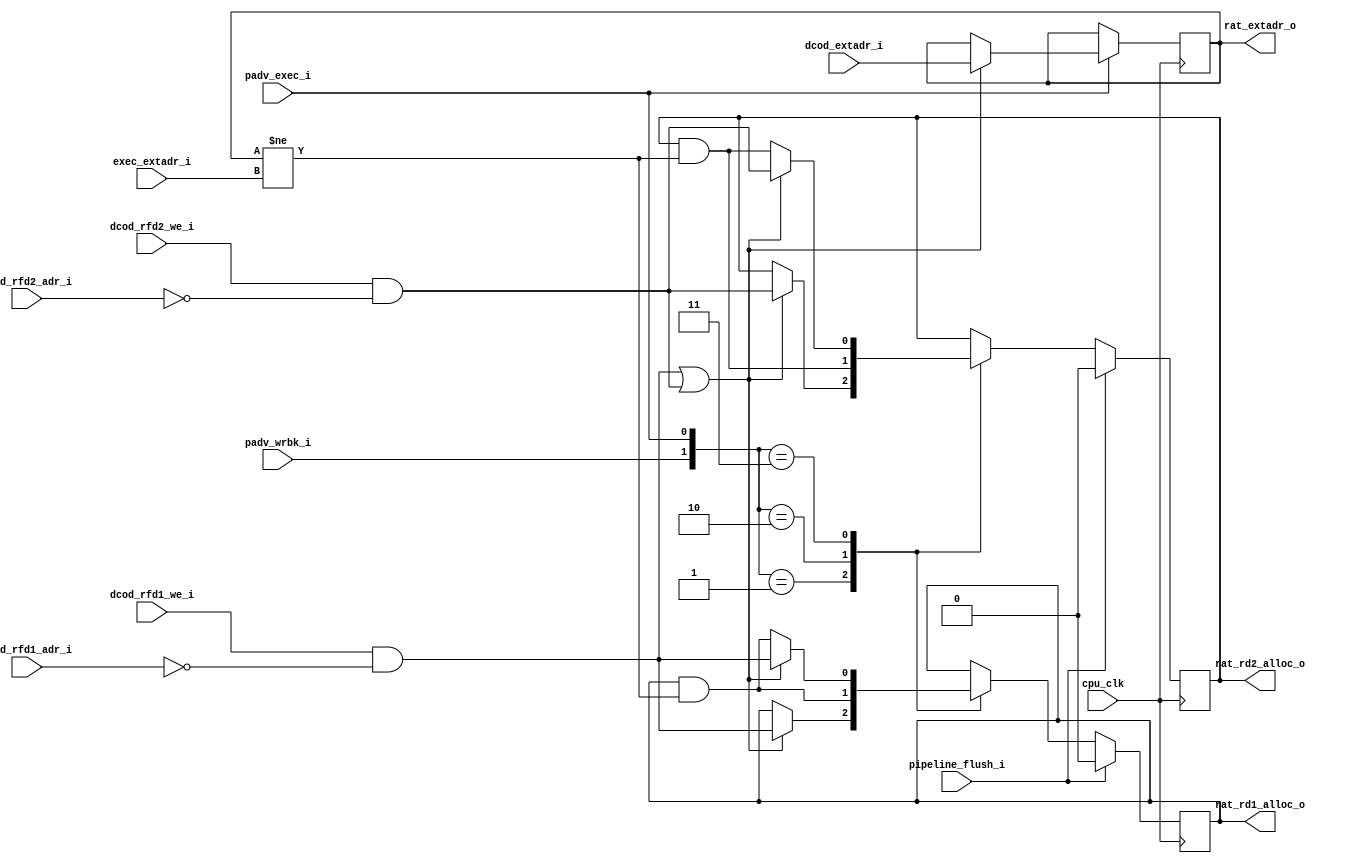
/////////////////////////////////////////////////////////////////////
//                                                                 //
//  or1k_marocchino_rat_cell                                       //
//                                                                 //
//  Description: Single cell of [R]egisters [A]llocation [T]able   //
//                                                                 //
/////////////////////////////////////////////////////////////////////
//                                                                 //
//   Copyright (C) 2015-2019 Andrey Bacherov                       //
//                      avbacherov@opencores.org                   //
//                                                                 //
//      This Source Code Form is subject to the terms of the       //
//      Open Hardware Description License, v. 1.0. If a copy       //
//      of the OHDL was not distributed with this file, You        //
//      can obtain one at http://juliusbaxter.net/ohdl/ohdl.txt    //
//                                                                 //
/////////////////////////////////////////////////////////////////////

module or1k_marocchino_rat_cell
#(
  parameter OPTION_RF_ADDR_WIDTH =  5,
  parameter DEST_EXTADR_WIDTH    =  3,
  parameter GPR_ADDR             =  0
)
(
  // clock & reset
  input                                 cpu_clk,

  // pipeline control
  input                                 padv_exec_i,
  input                                 padv_wrbk_i,
  input                                 pipeline_flush_i,

  // input allocation information
  //  # allocated as D1
  input                                 dcod_rfd1_we_i,
  input      [OPTION_RF_ADDR_WIDTH-1:0] dcod_rfd1_adr_i,
  //  # allocated as D2
  input                                 dcod_rfd2_we_i,
  input      [OPTION_RF_ADDR_WIDTH-1:0] dcod_rfd2_adr_i,
  //  # allocation id
  input         [DEST_EXTADR_WIDTH-1:0] dcod_extadr_i,

  // input to clear allocation bits
  input         [DEST_EXTADR_WIDTH-1:0] exec_extadr_i,

  // output allocation information
  output reg                            rat_rd1_alloc_o,      // allocated by D1
  output reg                            rat_rd2_alloc_o,      // allocated by D2
  output reg    [DEST_EXTADR_WIDTH-1:0] rat_extadr_o          // allocation ID
);

  localparam [OPTION_RF_ADDR_WIDTH-1:0] GPR_ADR = GPR_ADDR;

  // set allocation flags
  wire set_rd1_alloc = dcod_rfd1_we_i & (dcod_rfd1_adr_i == GPR_ADR);
  wire set_rd2_alloc = dcod_rfd2_we_i & (dcod_rfd2_adr_i == GPR_ADR);
  wire set_rdx_alloc = (set_rd1_alloc | set_rd2_alloc);

  // condition to keep allocation flags at write-back
  wire rat_alloc_at_wrbk     = (rat_extadr_o != exec_extadr_i);
  // next values of allocation flags at write-back
  wire rat_rd1_alloc_at_wrbk = rat_rd1_alloc_o & rat_alloc_at_wrbk;
  wire rat_rd2_alloc_at_wrbk = rat_rd2_alloc_o & rat_alloc_at_wrbk;

  // allocation flags
  always @(posedge cpu_clk) begin
    if (pipeline_flush_i) begin
      rat_rd1_alloc_o <= 1'b0;
      rat_rd2_alloc_o <= 1'b0;
    end
    else begin
      case ({padv_wrbk_i, padv_exec_i})
        // keep state
        2'b00: begin
        end
        // advance EXECUTE only
        2'b01: begin
          rat_rd1_alloc_o <= set_rdx_alloc ? set_rd1_alloc : rat_rd1_alloc_o;
          rat_rd2_alloc_o <= set_rdx_alloc ? set_rd2_alloc : rat_rd2_alloc_o;
        end
        // advance WriteBack only
        2'b10: begin
          rat_rd1_alloc_o <= rat_rd1_alloc_at_wrbk;
          rat_rd2_alloc_o <= rat_rd2_alloc_at_wrbk;
        end
        // advance EXECUTE and WriteBack simultaneously
        2'b11: begin
          rat_rd1_alloc_o <= set_rdx_alloc ? set_rd1_alloc : rat_rd1_alloc_at_wrbk;
          rat_rd2_alloc_o <= set_rdx_alloc ? set_rd2_alloc : rat_rd2_alloc_at_wrbk;
        end
      endcase
    end // regular update
  end // at clock

  // extension bits
  always @(posedge cpu_clk) begin
    if (padv_exec_i)
      rat_extadr_o <= set_rdx_alloc ? dcod_extadr_i : rat_extadr_o;
  end

endmodule // or1k_marocchino_rat_cell